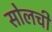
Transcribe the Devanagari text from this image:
सोलची